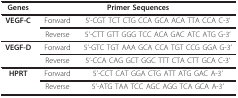
<table><thead><tr><td><b>Genes</b></td><td colspan="2"><b>Primer Sequences</b></td></tr></thead><tbody><tr><td><b>VEGF-C</b></td><td>Forward</td><td>5&#x27;-CGT TCT CTG CCA GCA ACA TTA CCA C-3&#x27;</td></tr><tr><td></td><td>Reverse</td><td>5&#x27;-CTT GTT GGG TCC ACA GAC ATC ATG G-3&#x27;</td></tr><tr><td><b>VEGF-D</b></td><td>Forward</td><td>5&#x27;-GTC TGT AAA GCA CCA TGT CCG GGA G-3&#x27;</td></tr><tr><td></td><td>Reverse</td><td>5&#x27;-CCA CAG GCT GGC TTT CTA CTT GCA C-3&#x27;</td></tr><tr><td><b>HPRT</b></td><td>Forward</td><td>5&#x27;-CCT CAT GGA CTG ATT ATG GAC A-3&#x27;</td></tr><tr><td></td><td>Reverse</td><td>5&#x27;-ATG TAA TCC AGC AGG TCA GCA A-3&#x27;</td></tr></tbody></table>